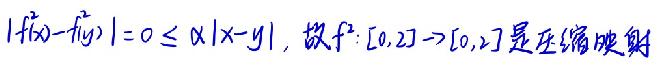
$|f^{2}(x)-f^{2}(y)| = 0\leq \alpha|x - y|$, 故$f^{2}:[0,2]\to[0,2]$是压缩映射